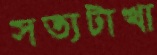
সত্যটাখা